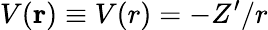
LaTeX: V(\textbf{r})\equiv V(r)=-Z^{\prime}/r